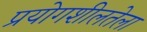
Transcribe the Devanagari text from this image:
प्रयोगशीलतेला